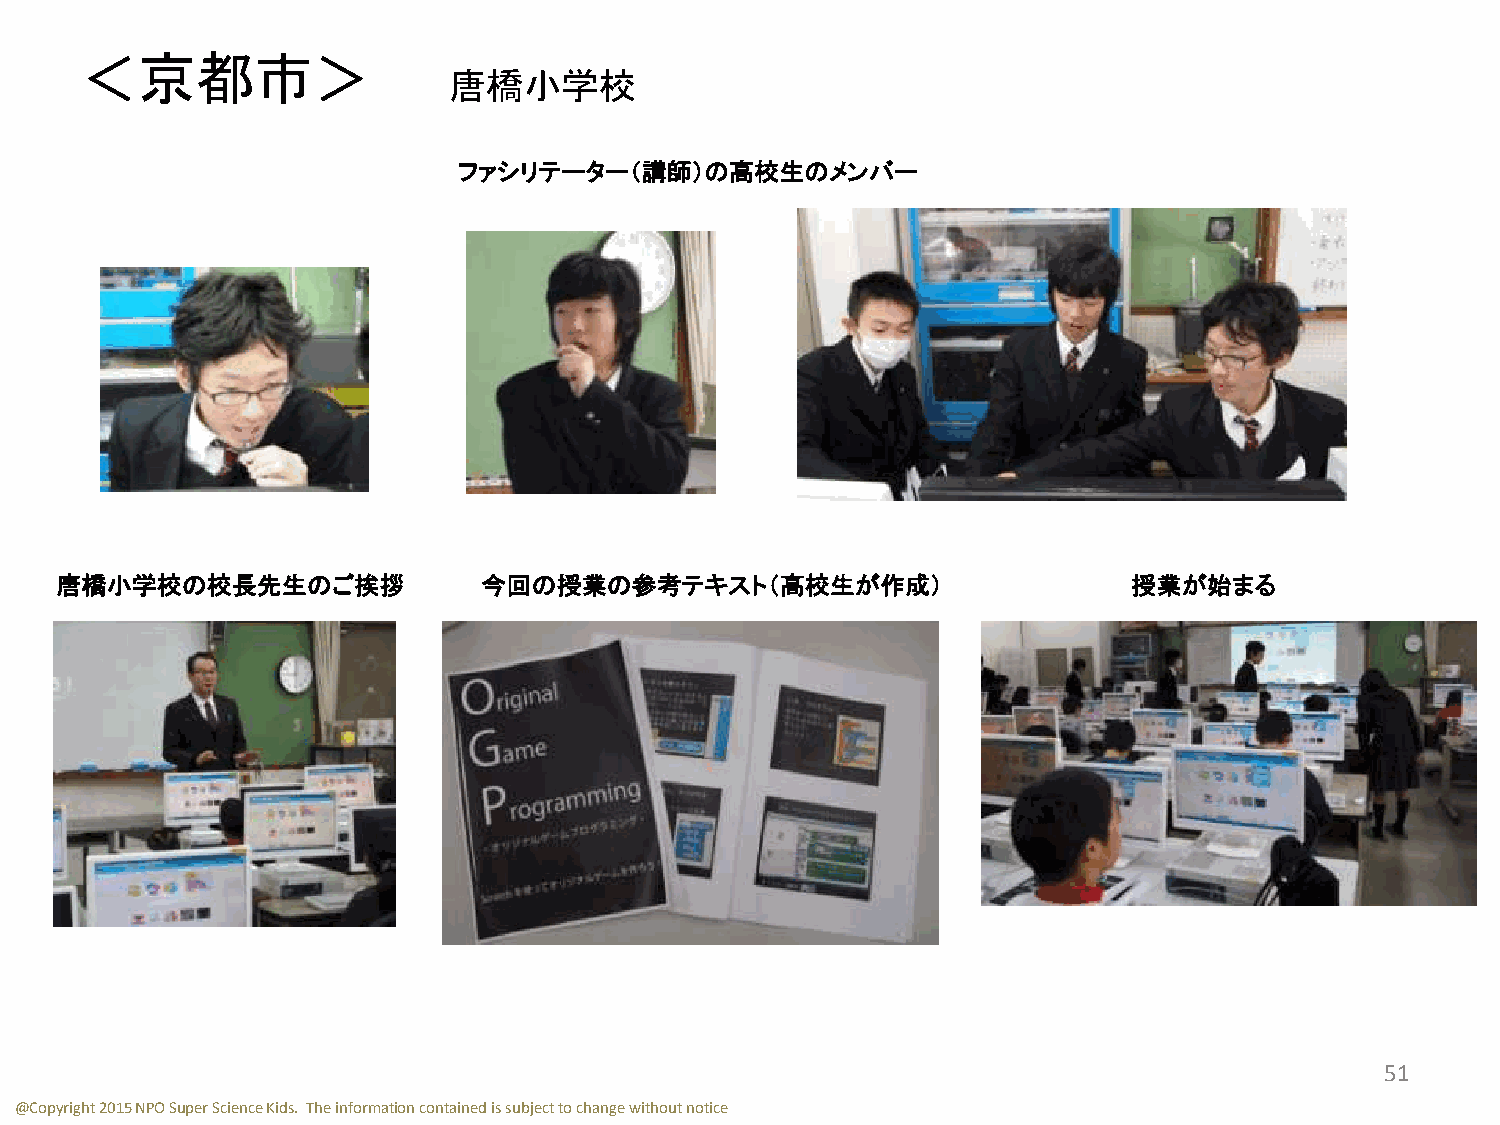
＜京都市＞
 唐橋小学校
 ファシリテーター（講師）の高校生のメンバー
 唐橋小学校の校長先生のご挨拶              今回の授業の参考テキスト（高校生が作成）                       授業が始まる
 51
 @Copyright 2015 NPO Super Science Kids. The information contained is subject to change without notice